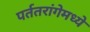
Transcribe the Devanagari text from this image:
पर्ततरांगेमध्ये